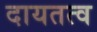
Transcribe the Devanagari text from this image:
दायतत्व